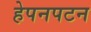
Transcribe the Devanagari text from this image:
हेपनपटन